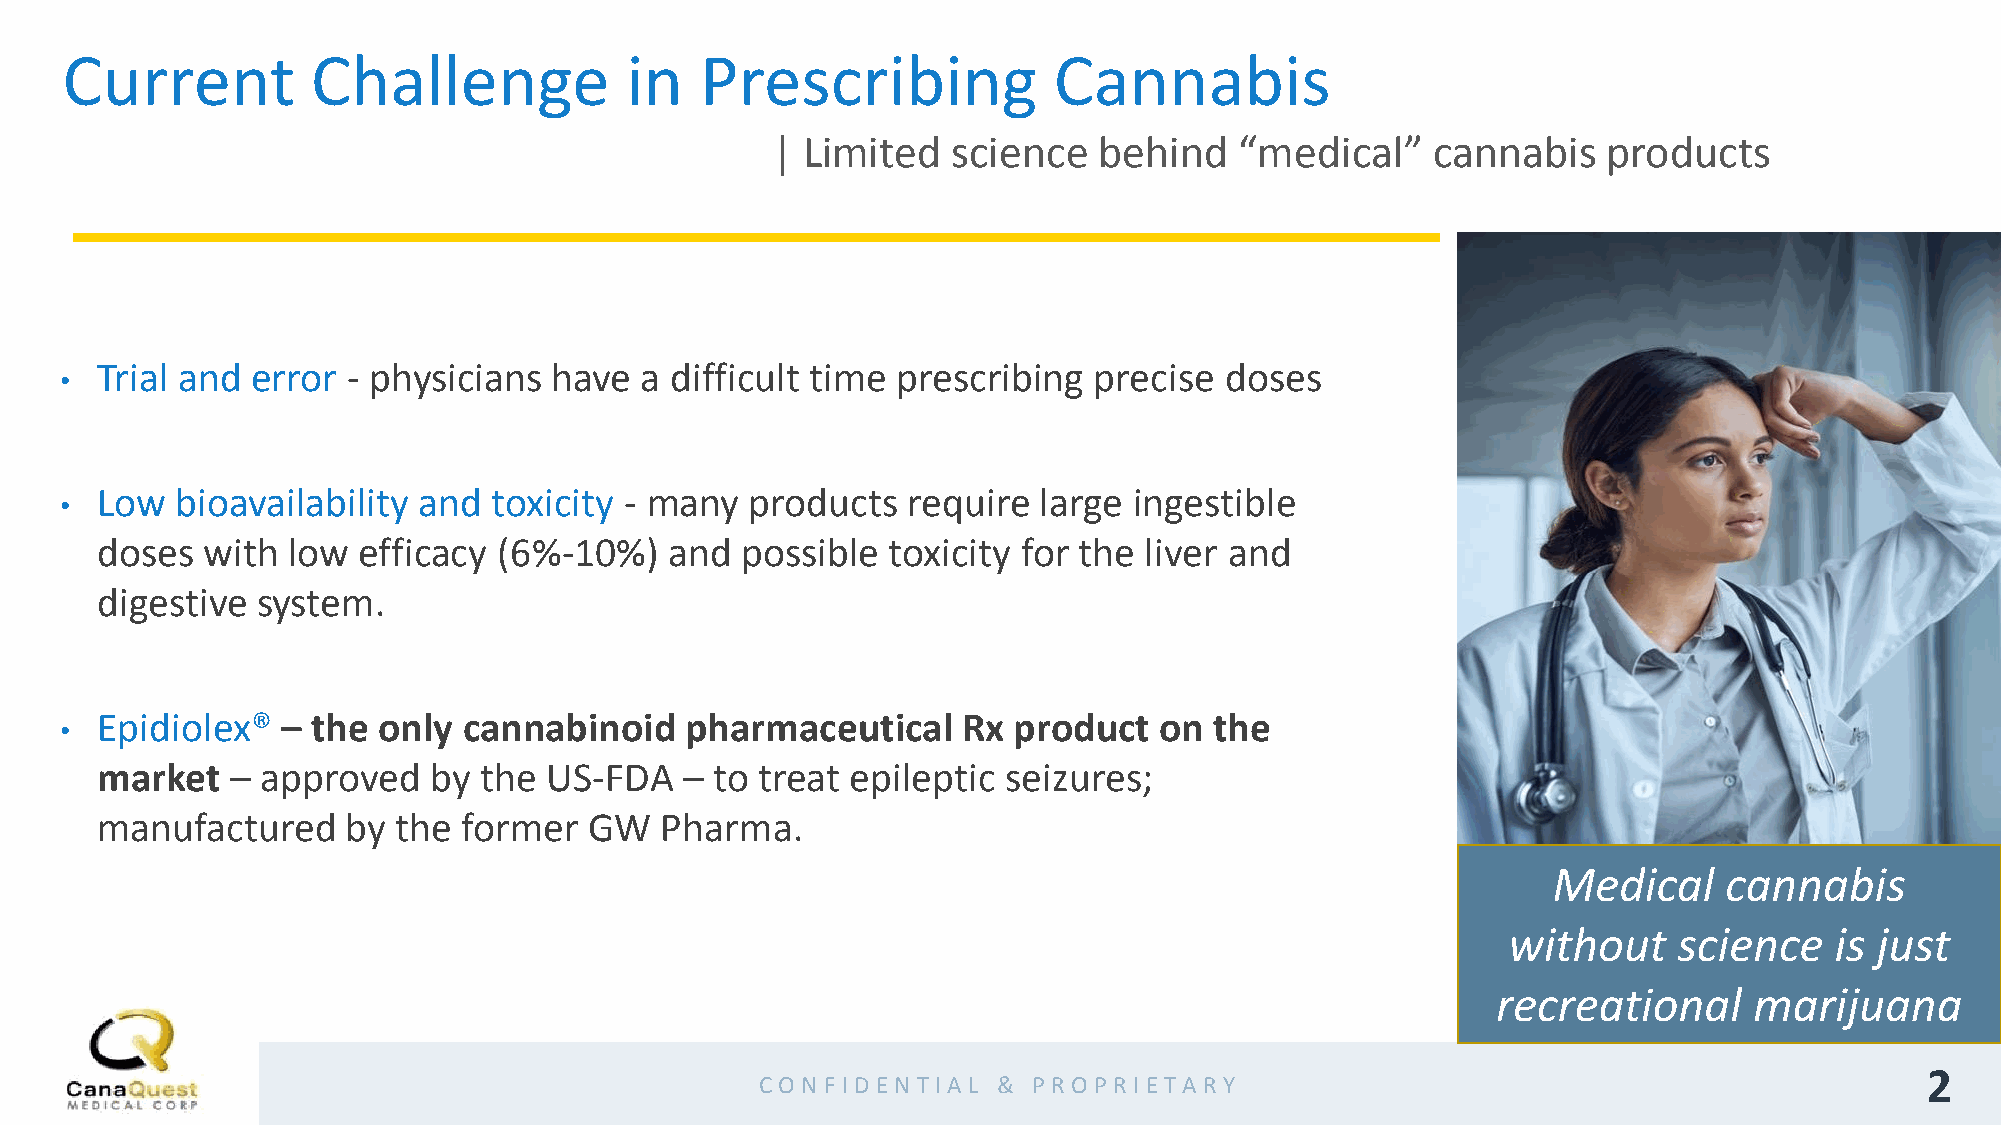
Current          Challenge           in   Prescribing             Cannabis
 | Limited   science   behind   “medical”    cannabis   products
 Trial and  error - physicians have  a difficult time prescribing  precise  doses
 •
 Low   bioavailability and  toxicity - many  products  require  large ingestible
 •
 doses   with low  efficacy (6%-10%)   and  possible  toxicity for the liver and
 digestive  system.
 Epidiolex®   – the only  cannabinoid   pharmaceutical     Rx product   on the
 •
 market   – approved   by  the US-FDA   – to treat epileptic  seizures;
 manufactured     by the  former  GW   Pharma.
 Medical    cannabis
 without    science   is just
 recreational     marijuana
 2
 CO N F ID EN TIA L & PR O PR IETA R Y